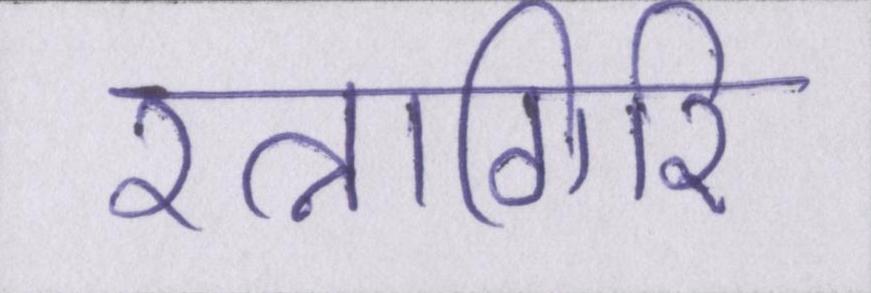
रत्नागिरि